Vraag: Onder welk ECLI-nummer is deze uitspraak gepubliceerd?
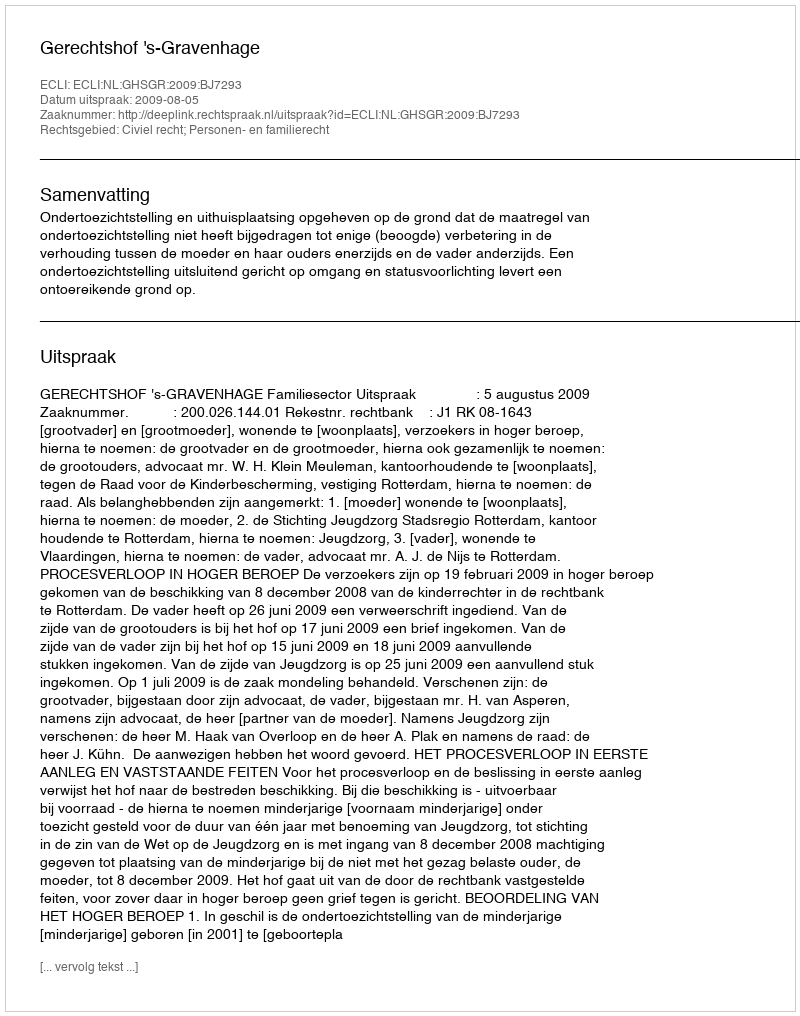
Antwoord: ECLI:NL:GHSGR:2009:BJ7293